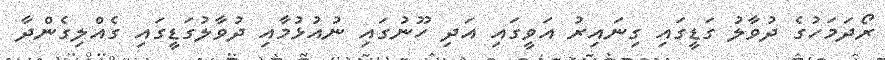
ރޯދަމަހުގެ ދުވާލު ގަޑީގައި ގިނައިރު އަވީގައި އަދި ހޫނުގައި ނުއުޅުމާއި ދުވާލުގަޑީގައި ގެއްލިގެންދާ